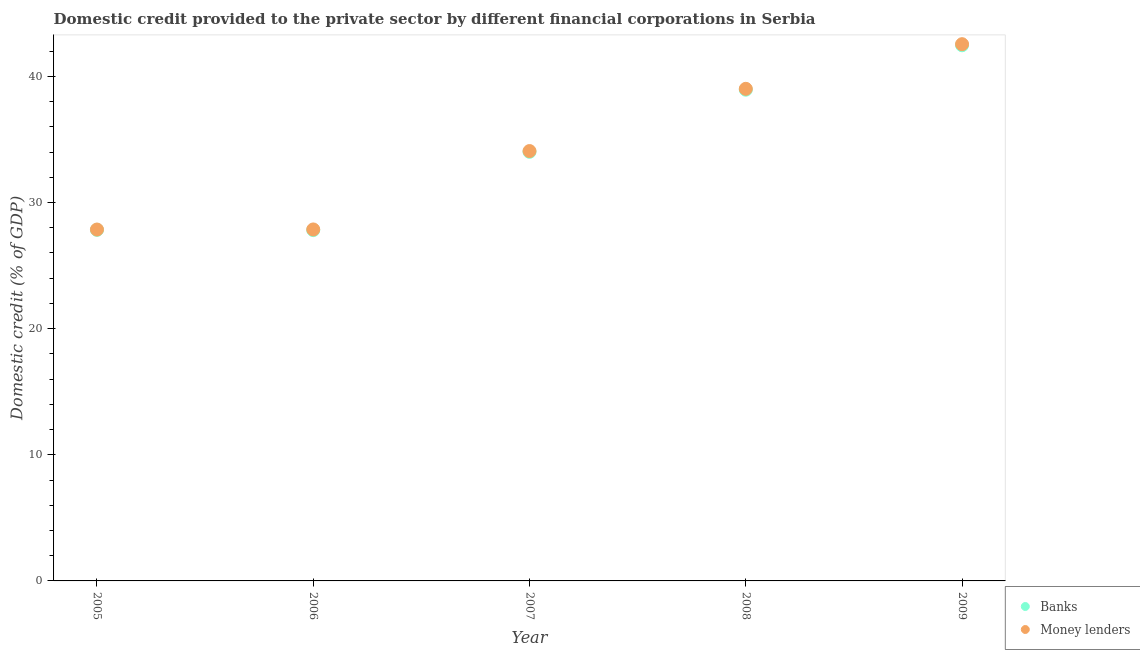
| Year | Banks | Money lenders |
 | --- | --- | --- |
 | 2005 | 27.8 | 27.9 |
 | 2006 | 27.8 | 27.9 |
 | 2007 | 34 | 34.1 |
 | 2008 | 38.9 | 39 |
 | 2009 | 42.5 | 42.5 |